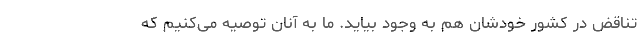
تناقض در کشور خودشان هم به وجود بیاید. ما به آنان توصیه می‌کنیم که